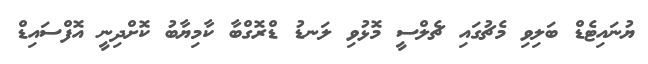
ޔުނައިޓެޑް ބަލިވި މެޗުގައި ޗެލްސީ މޮޅުވި ލަނޑު ޑްރޮގްބާ ކާމިޔާބު ކޮށްދިނީ އޮފްސައިޑް